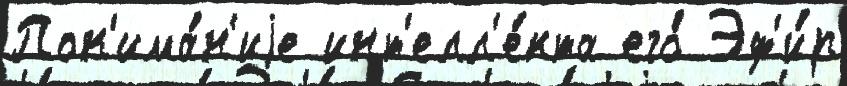
Пон'има́н'иjе инт'елл'е́кта его́ Эф'и́р